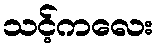
သင့်ကလေး